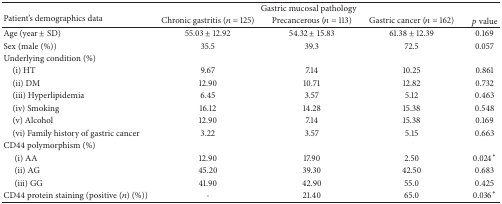
| <ROWSPAN=2> Patient's demographics data | <COLSPAN=3> Gastric mucosal pathology | <ROWSPAN=2> p value |
 | Chronic gastritis (n = 125) | Precancerous (n = 113) | Gastric cancer (n = 162) |
 | --- | --- | --- | --- | --- |
 | Age (year ± SD) | 55.03 ± 12.92 | 54.32 ± 15.83 | 61.38 ± 12.39 | 0.169 |
 | Sex (male (%)) | 35.5 | 39.3 | 72.5 | 0.057 |
 | Underlying condition (%) |  |  |  |  |
 | (i) HT | 9.67 | 7.14 | 10.25 | 0.861 |
 | (ii) DM | 12.90 | 10.71 | 12.82 | 0.732 |
 | (iii) Hyperlipidemia | 6.45 | 3.57 | 5.12 | 0.463 |
 | (iv) Smoking | 16.12 | 14.28 | 15.38 | 0.548 |
 | (v) Alcohol | 12.90 | 7.14 | 15.38 | 0.169 |
 | (vi) Family history of gastric cancer | 3.22 | 3.57 | 5.15 | 0.663 |
 | CD44 polymorphism (%) |  |  |  |  |
 | (i) AA | 12.90 | 17.90 | 2.50 | 0.024∗ |
 | (ii) AG | 45.20 | 39.30 | 42.50 | 0.683 |
 | (iii) GG | 41.90 | 42.90 | 55.0 | 0.425 |
 | CD44 protein staining (positive (n) (%)) | - | 21.40 | 65.0 | 0.036∗ |